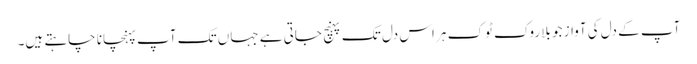
آپ کے دل کی آواز جو بلا روک ٹوک ہر اس دل تک پہنچ جاتی ہے جہاں تک آپ پہنچانا چاہتے ہیں۔